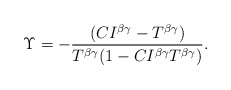
\begin{align*}\Upsilon=-\frac{(CI^{\beta\gamma}-T^{\beta\gamma})}{T^{\beta\gamma}(1-CI^{\beta\gamma}T^{\beta\gamma})}.\end{align*}